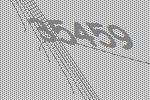
35459